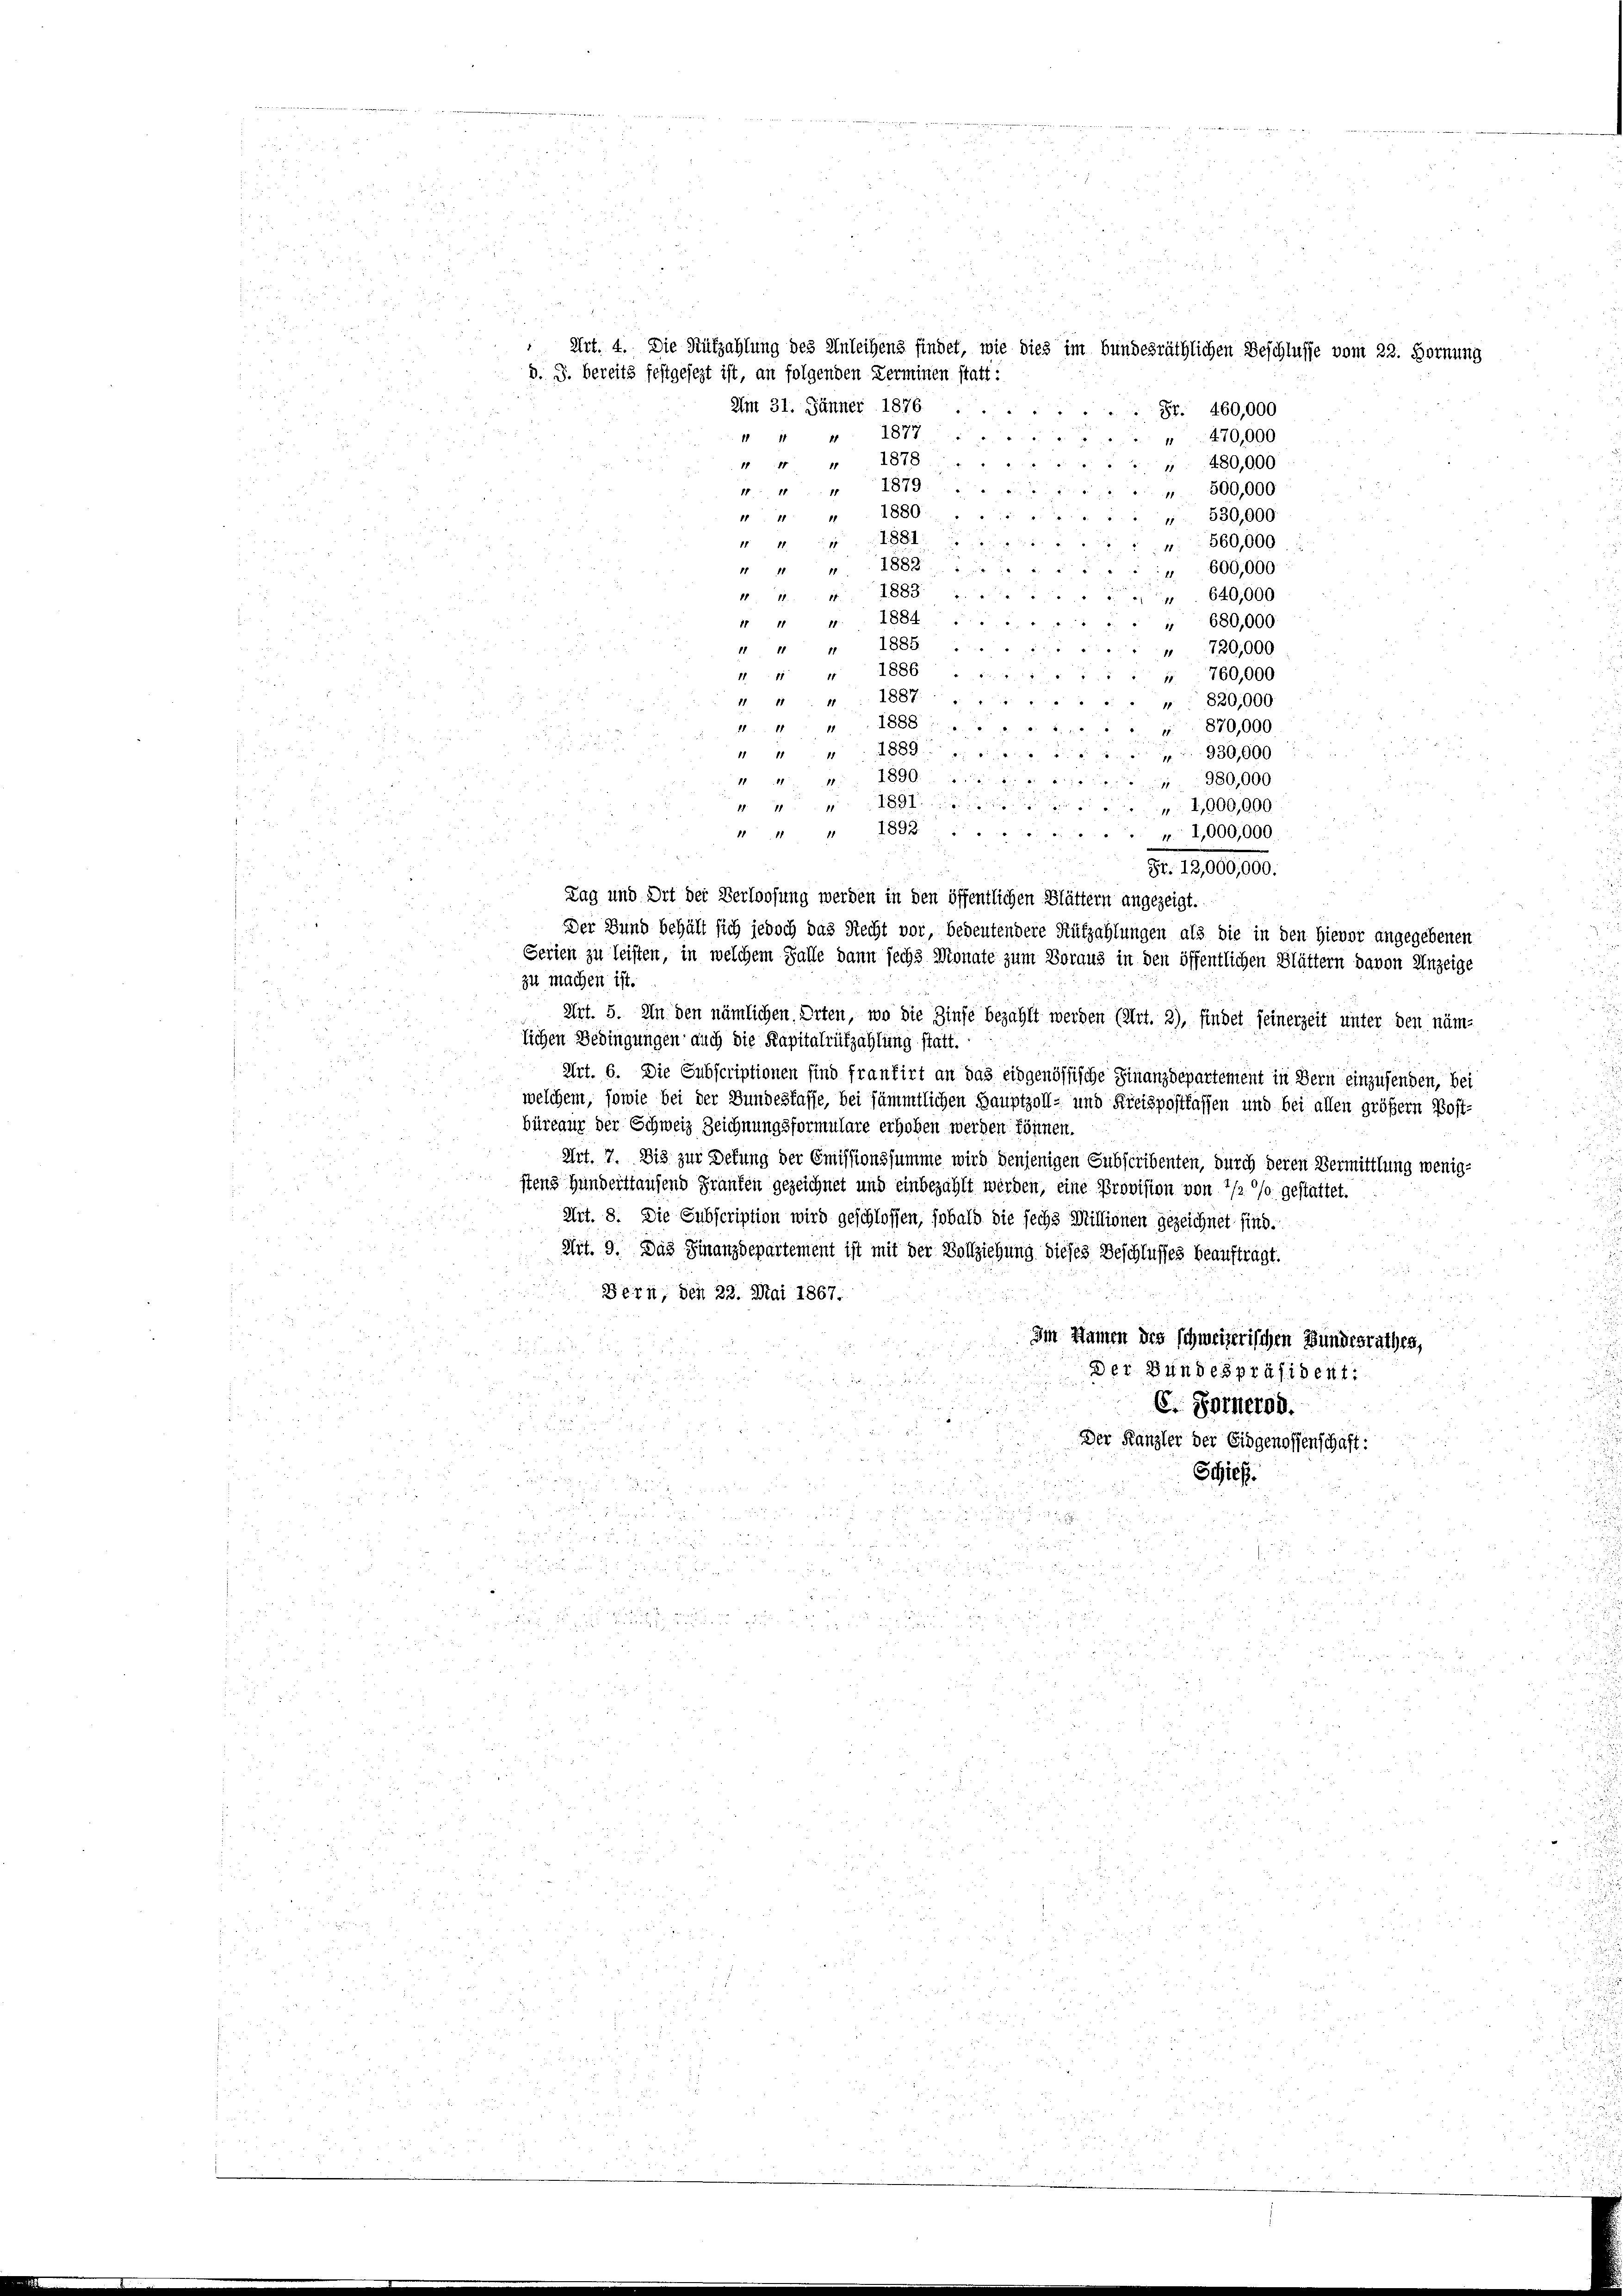
Art. 4. Die Rüfzahlung des Anleihens findet, wie dies im bundesräthlichen Beschlusse vom 22. Hornung
d. J. bereits festgesezt ist, an folgenden Zerminen statt:
Um 31. Jänner 1876.
 Sr. 460,000
1877
1
470,000

1878
480,000
1879.
" 500,000

380
530,000
11
" 560,000
600,000
640,000
680,000
720,000
760,000
820,000
870,000
930,000
 980,000
17
1,000,000.
1893.
111
" 1,000,000
n
Fr. 100.000.
Tag und Ort der Verloosung werden in den öffentlichen Blättern angezeigt.
Der Bund behält sich jedoch das Recht vor, bedeutendere Rüfzahlungen als die in den Hievor angegebenen
Serien zu leisten, in welchem Falle dann sechs Monate zum Boraus in den öffentlichen Blättern davon Anzeige
zu machen ist.
Art. 5. An den nämlichen Orten, wo die Zinse bezahlt werden (Art. 2), findet seinerzeit unter den näm-
lichen Bedingungen auch die Kapitalrüfzahlung statt.
Art. 6. Die Subscriptionen sind frantirt an das eidgenössische Finanzdepartement in Bern einzusenden, bei
welchem, sowie bei der Bundesfasse, bei sämmtlichen Hauptzoll- und Kreispostfaffen und bei allen größern Post-
büreaus der Schweiz Zeichnungsformulare erhoben werden können.
Art. 7. Die zur Defung der Emissionssumme wird denjenigen Subscribenten, durch deren Vermittlung wenigstens Hunderthausend Granken gezeichnet und einbezahlt werden, eine Provision von 1/2 % gestattet.
Art. 8. Die Subscription wird geschlossen, sobald die sechs Millionen gezeichnet sind.
Art. 9. Das Finanzdepartement ist mit der Vollziehung dieses Beschlusses beauftragt.
Bern, den 22. Mai 1867.
Im Namen des schweizerischen Bundesrathes,
Der Bundespräsident:
C. Gotterod.
Der Kanzler der Eidgenossenschaft:
Schief
e
n